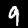
Digit: 9